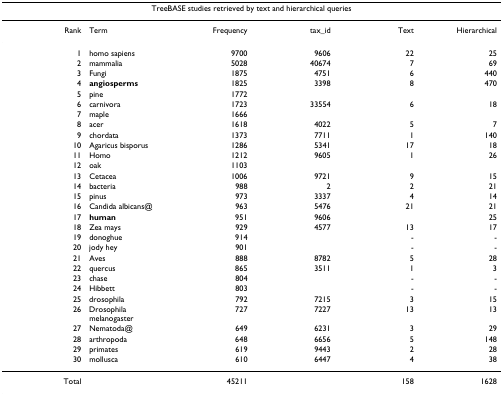
| <COLSPAN=6> TreeBASE studies retrieved by text and hierarchical queries |
 | --- | --- | --- | --- | --- | --- |
 | Rank | Term | Frequency | tax_id | Text | Hierarchical |
 | 1 | homo sapiens | 9700 | 9606 | 22 | 25 |
 | 2 | mammalia | 5028 | 40674 | 7 | 69 |
 | 3 | Fungi | 1875 | 4751 | 6 | 440 |
 | 4 | angiosperms | 1825 | 3398 | 8 | 470 |
 | 5 | pine | 1772 |  |  |  |
 | 6 | carnivora | 1723 | 33554 | 6 | 18 |
 | 7 | maple | 1666 |  |  |  |
 | 8 | acer | 1618 | 4022 | 5 | 7 |
 | 9 | chordata | 1373 | 7711 | 1 | 140 |
 | 10 | Agaricus bisporus | 1286 | 5341 | 17 | 18 |
 | 11 | Homo | 1212 | 9605 | 1 | 26 |
 | 12 | oak | 1103 |  |  |  |
 | 13 | Cetacea | 1006 | 9721 | 9 | 15 |
 | 14 | bacteria | 988 | 2 | 2 | 21 |
 | 15 | pinus | 973 | 3337 | 4 | 14 |
 | 16 | Candida albicans@ | 963 | 5476 | 21 | 21 |
 | 17 | human | 951 | 9606 |  | 25 |
 | 18 | Zea mays | 929 | 4577 | 13 | 17 |
 | 19 | donoghue | 914 |  | - | - |
 | 20 | jody hey | 901 |  | - | - |
 | 21 | Aves | 888 | 8782 | 5 | 28 |
 | 22 | quercus | 865 | 3511 | 1 | 3 |
 | 23 | chase | 804 |  | - | - |
 | 24 | Hibbett | 803 |  | - | - |
 | 25 | drosophila | 792 | 7215 | 3 | 15 |
 | 26 | Drosophila melanogaster | 727 | 7227 | 13 | 13 |
 | 27 | Nematoda@ | 649 | 6231 | 3 | 29 |
 | 28 | arthropoda | 648 | 6656 | 5 | 148 |
 | 29 | primates | 619 | 9443 | 2 | 28 |
 | 30 | mollusca | 610 | 6447 | 4 | 38 |
 | Total |  | 45211 |  | 158 | 1628 |